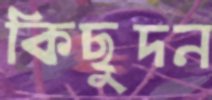
কিছুদন